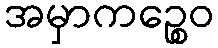
အမှာကဉ္စေဝ